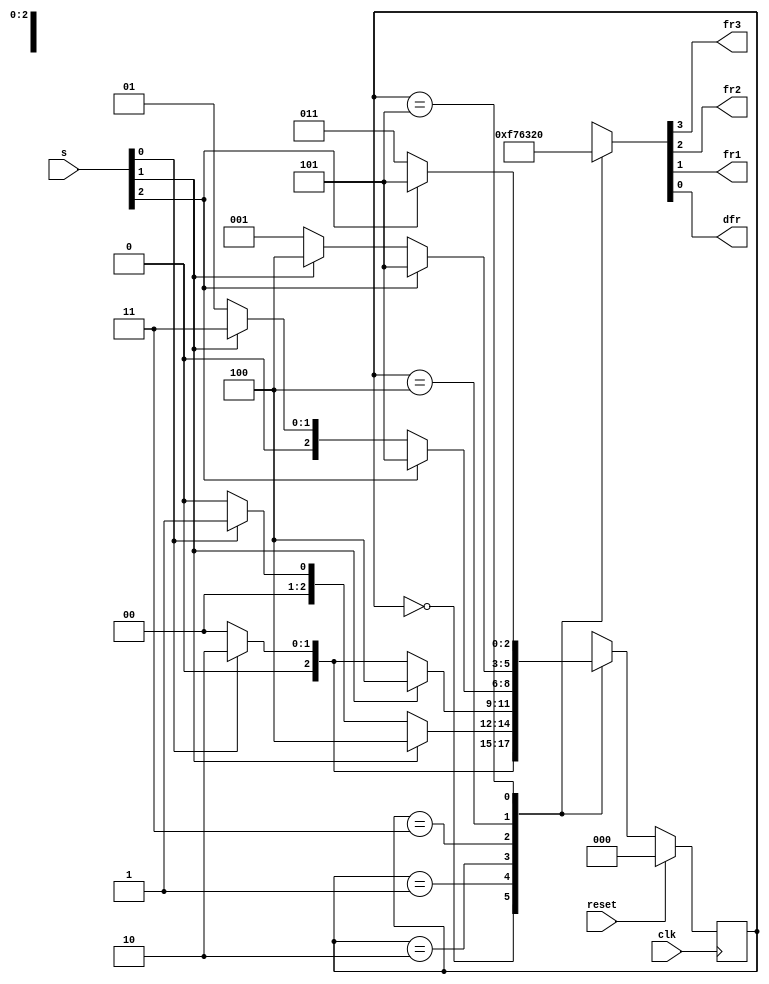
module top_module (
    input clk,
    input reset,
    input [3:1] s,
    output fr3,
    output fr2,
    output fr1,
    output dfr
);
    //water lavel
    localparam [2:0] A= 3'd0, //below s1
    				B0= 3'd1, //s1~s2 and previous level is higher
     				B1= 3'd2,  //s1~s2 and previous level is lower
    				C0= 3'd3,  //s2~s3 and previous level is higher
    				C1= 3'd4,  //s2~s3 and previous level is lower
    				D = 3'd5;  //above s3
    reg [2:0] state, next_state;
    always @(posedge clk)begin
        if(reset)
            state <= A;
        else 
            state <= next_state;
    end
    
    always @(*)begin
        case(state)
            A  : next_state = (s[1])? B1:A;
            B0 : next_state = (s[2])? C1: ((s[1])?B0:A);
            B1 : next_state = (s[2])? C1: ((s[1])? B1:A);
            C0 : next_state = (s[3])? D: ((s[2])? C0: B0);
            C1 : next_state = (s[3])? D: ((s[2])? C1: B0);
            D  : next_state = (s[3])? D: C0;
            default : next_state = 3'bxxx;
        endcase
    end
    always @(*)begin
        case(state)
            A  : {fr3,fr2,fr1,dfr} = 4'b1111;
            B0 : {fr3,fr2,fr1,dfr} = 4'b0111;
            B1 : {fr3,fr2,fr1,dfr} = 4'b0110;
            C0 : {fr3,fr2,fr1,dfr} = 4'b0011;
            C1 : {fr3,fr2,fr1,dfr} = 4'b0010;
            D  : {fr3,fr2,fr1,dfr} = 4'b0000;
            default : {fr3, fr2, fr1, dfr} = 4'bxxxx;
        endcase
    end          
       
endmodule